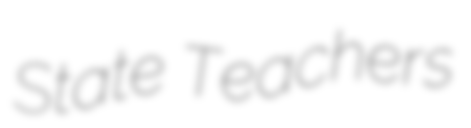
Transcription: State Teachers